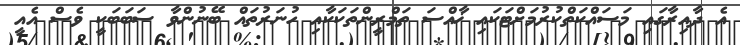
އެ ދާއިރާގައި މަސައްކަތްކުރުމަށްޓަކައި ޚާއްސަ ތަމްރީންތަކަކާއި ހުނަރުތައް ބޭނުންވާ ސަބަބަކީ ވެސް އެއީ